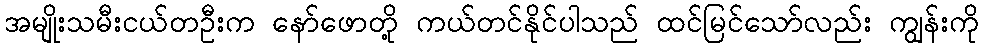
အမျိုးသမီးငယ်တဦးက နော်ဖောတို့ ကယ်တင်နိုင်ပါသည် ထင်မြင်သော်လည်း ကျွန်းကို